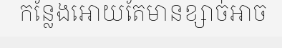
កន្លែងអោយតែមានខ្សាច់អាច